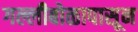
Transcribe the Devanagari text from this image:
गल्लीबोळापासून